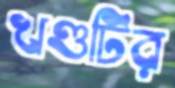
খণ্ডটির